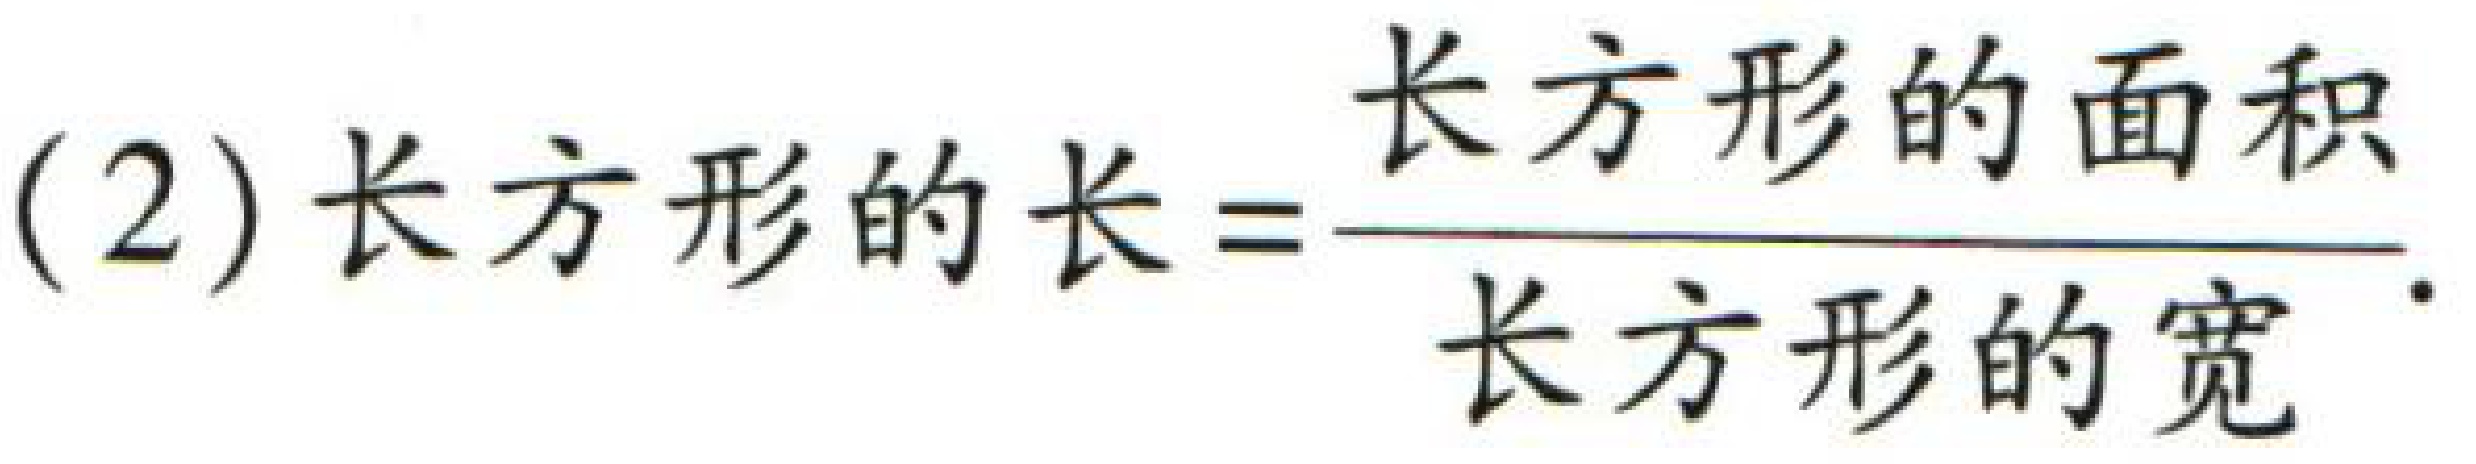
(2) 长方形的长=\(\frac{长方形的面积}{长方形的宽}\)